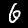
Label: 6